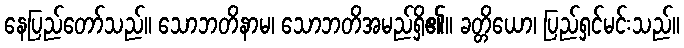
နေပြည်တော်သည်။ သောဘတိနာမ၊ သောဘတိအမည်ရှိ၏။ ခတ္တိယော၊ ပြည်ရှင်မင်းသည်။